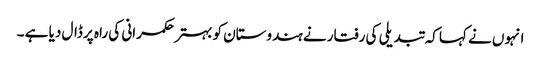
انہوں نے کہا کہ تبدیلی کی رفتار نے ہندوستان کو بہتر حکمرانی کی راہ پر ڈال دیا ہے ۔